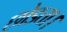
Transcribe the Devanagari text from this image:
छोडता।